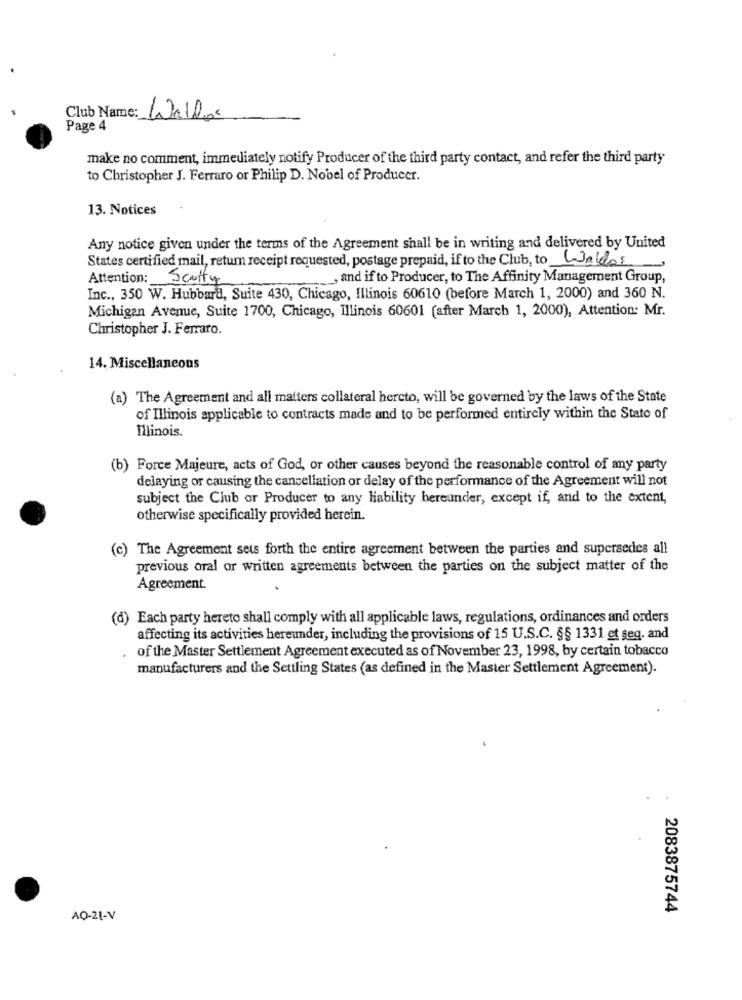
Club Name:
Waldor
Page 4
make no comment, immediately notify Producer of the third party contact, and refer the third party
to Christopher J. Ferraro or Philip D. Nobel of Producer.
13. Notices
Any notice given under the terms of the Agreement shall be in writing and delivered by United
States certified mail, return receipt requested, postage prepaid, if to the Club, to Waldes
Attention: Scotty
and if to Producer, to The Affinity Management Group,
Inc ., 350 W. Hubbard, Suite 430, Chicago, Illinois 60610 (before March 1, 2000) and 360 N.
Michigan Avenue, Suite 1700, Chicago, Illinois 60601 (after March 1, 2000), Attention: Mr.
Christopher J. Ferraro.
14. Miscellaneous
(a) The Agreement and all matters collateral hercto, will be governed by the laws of the State
of Illinois applicable to contracts made and to be performed entirely within the State of
Illinois.
(b) Force Majeure, acts of God, or other causes beyond the reasonable control of any party
delaying or causing the cancellation or delay of the performance of the Agreement will not
subject the Club or Producer to any liability hereunder, except if, and to the extent,
otherwise specifically provided herein.
(c) The Agreement sets forth the entire agreement between the parties and supersedes all
previous oral or written agreements between the parties on the subject matter of the
Agreement.
(d) Each party hereto shall comply with all applicable laws, regulations, ordinances and orders
affecting its activities hereunder, including the provisions of 15 U.S.C. §§ 1331 et seq. and
of the Master Settlement Agreement executed as of November 23, 1998, by certain tobacco
manufacturers and the Settling States (as defined in the Master Settlement Agreement).
2083875744
AQ-21-V